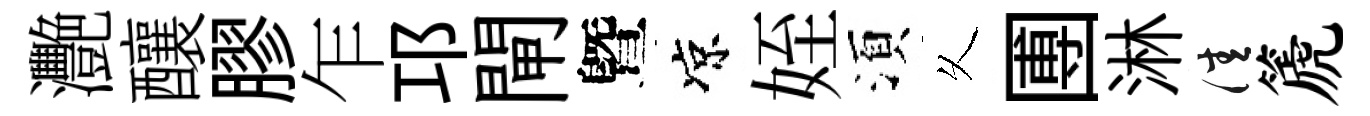
灧釀膠乍邛閘曁凉姪湏乆圑淋佳篪